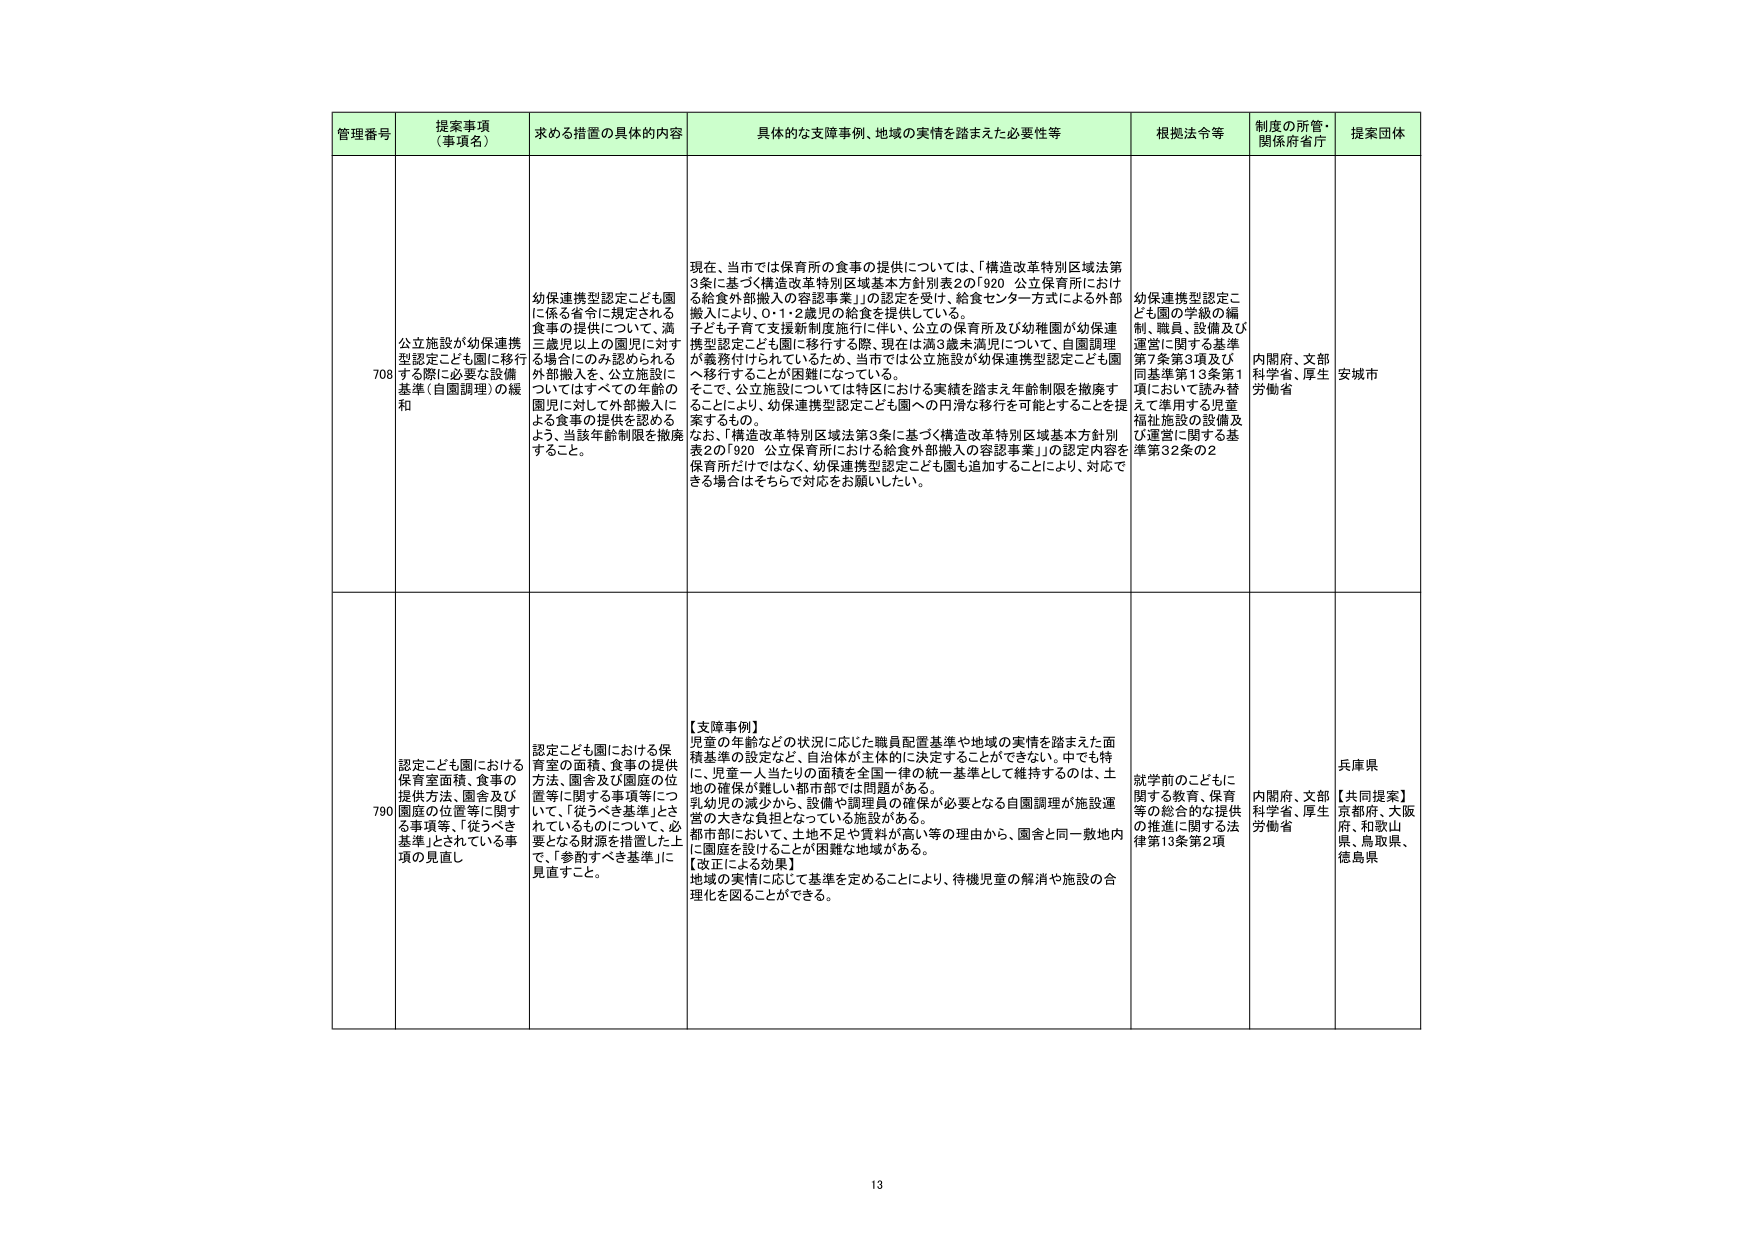
管理番号 提案事項 （事項名） 求める措置の具体的内容 具体的な支障事例、地域の実情を踏まえた必要性等 根拠法令等 制度の所管・ 関係府省庁 提案団体

708 公立施設が幼保連携型認定こども園に移行する際に必要な設備基準（自園調理）の緩和 幼保連携型認定こども園に係る省令に規定される食事の提供について、満三歳児以上の園児に対して、外部搬入を、公立施設についてはすべての年齢の園児に対して外部搬入による食事の提供を認めるよう、当該年齢制限を撤廃すること。 現在、当市では保育所の食事の提供については、「構造改革特別区域法第3条に基づく構造改革特別区域基本方針別表2の「920 公立保育所における給食外部搬入の容認事業」」の認定を受け、給食センター方式による外部搬入により、0・1・2歳児の給食を提供している。 子ども子育て支援新制度施行に伴い、公立の保育所及び幼稚園が幼保連携型認定こども園に移行する際、現在は満3歳未満児について、自園調理が義務付けられているため、当市では公立施設が幼保連携型認定こども園へ移行することが困難になっている。 そこで、公立施設については特区における実績を踏まえ年齢制限を撤廃することでにより、幼保連携型認定こども園への円滑な移行を可能とすることを提案するもの。 なお、「構造改革特別区域法第3条に基づく構造改革特別区域基本方針別表2の「920 公立保育所における給食外部搬入の容認事業」」の認定内容を保育所だけではなく、幼保連携型認定こども園も追加することにより、対応できる場合はそちらで対応をお願いしたい。 幼保連携型認定こども園の学級の編制、職員、設備及び運営に関する基準第7条第3項及び同基準第13条第1項において読み替えて準用する児童福祉施設の設備及び運営に関する基準第32条の2 内閣府、文部科学省、厚生労働省 安城市

790 認定こども園における保育室面積、食事の提供方法、園舎及び園庭の位置等に関する事項等、「従うべき基準」とされている事項の見直し 認定こども園における保育室の面積、食事の提供方法、園舎及び園庭の位置等に関する事項等について、「従うべき基準」とされているものについて、必要となる財源を措置した上で、「参酌すべき基準」に見直すこと。 【支障事例】 児童の年齢などの状況に応じた職員配置基準や地域の実情を踏まえた面積基準の設定など、自治体が主体的に決定することができない。中でも特に、児童一人当たりの面積を全国一律の統一基準として維持するのは、土地の確保が難しい都市部では問題がある。 乳幼児の減少から、設備や調理員の確保が必要となる自園調理が施設運営の大きな負担となっている施設がある。 都市部において、土地不足や資料が高い等の理由から、園舎と同一敷地内に園庭を設けることが困難な地域がある。 【改正による効果】 地域の実情に応じて基準を定めることにより、待機児童の解消や施設の合理化を図ることができる。 就学前のこどもに関する教育、保育等の総合的な提供の推進に関する法律第13条第2項 内閣府、文部科学省、厚生労働省 兵庫県 【共同提案】 京都府、大阪府、和歌山県、鳥取県、徳島県

13